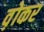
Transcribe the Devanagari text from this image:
व़ोकर